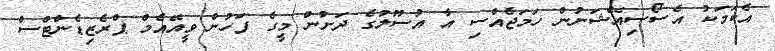
އެކަމަކު އެސޯސިއޭޝަނުން ހަމަޖެއްސި އާ އުސޫލުގެ ދަށުން މީގެ ފަހުން ވީއޭއެމް ޕްރެޒިޑެންޓްސް